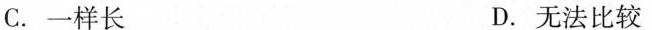
C.一样长 D.无法比较